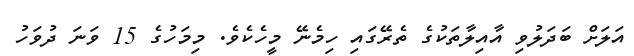
އަލަށް ބަދަލުވި އާއިލާތަކުގެ ތެރޭގައި ހިމެނޭ މީހެކެވެ. މިމަހުގެ 15 ވަނަ ދުވަހު